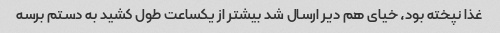
غذا نپخته بود، خیای هم دیر ارسال شد بیشتر از یکساعت طول کشید به دستم برسه